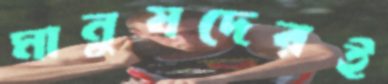
মানুষদেরই